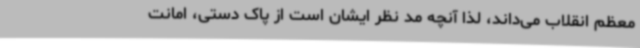
معظم انقلاب می‌داند، لذا آنچه مد نظر ایشان است از پاک دستی، امانت